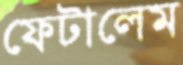
ফেটালেম